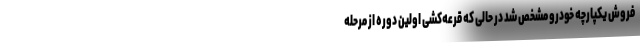
فروش یکپارچه خودرو مشخص شد در حالی که قرعه‌کشی اولین دوره از مرحله